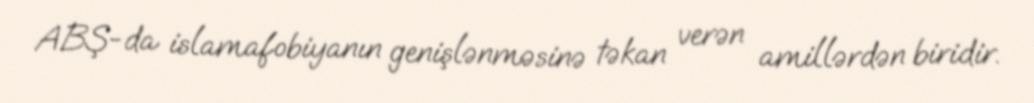
ABŞ-da islamafobiyanın genişlənməsinə təkan verən amillərdən biridir.